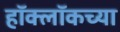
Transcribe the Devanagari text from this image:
हॉक्लॉकच्या